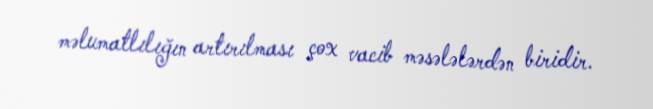
məlumatlılığın artırılması çox vacib məsələlərdən biridir.